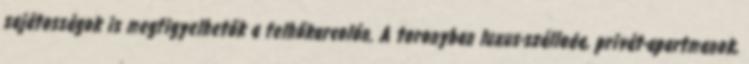
sajátosságok is megfigyelhetők a felhőkarcolón. A toronyban luxus-szálloda, privát-apartmanok,